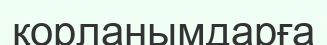
қорланымдарға